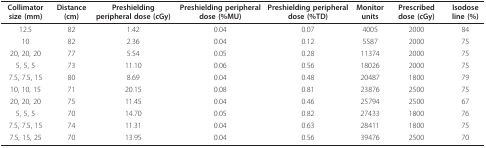
<table><thead><tr><td><b>Collimator size (mm)</b></td><td><b>Distance (cm)</b></td><td><b>Preshielding peripheral dose (cGy)</b></td><td><b>Preshielding peripheral dose (%MU)</b></td><td><b>Preshielding peripheral dose (%TD)</b></td><td><b>Monitor units</b></td><td><b>Prescribed dose (cGy)</b></td><td><b>Isodose line (%)</b></td></tr></thead><tbody><tr><td>12.5</td><td>82</td><td>1.42</td><td>0.04</td><td>0.07</td><td>4005</td><td>2000</td><td>84</td></tr><tr><td>10</td><td>82</td><td>2.36</td><td>0.04</td><td>0.12</td><td>5587</td><td>2000</td><td>75</td></tr><tr><td>20, 20, 20</td><td>77</td><td>5.54</td><td>0.05</td><td>0.28</td><td>11374</td><td>2000</td><td>75</td></tr><tr><td>5, 5, 5</td><td>73</td><td>11.10</td><td>0.06</td><td>0.56</td><td>18026</td><td>2000</td><td>75</td></tr><tr><td>7.5, 7.5, 15</td><td>80</td><td>8.69</td><td>0.04</td><td>0.48</td><td>20487</td><td>1800</td><td>79</td></tr><tr><td>10, 10, 15</td><td>71</td><td>20.15</td><td>0.08</td><td>0.81</td><td>23876</td><td>2500</td><td>75</td></tr><tr><td>20, 20, 20</td><td>75</td><td>11.45</td><td>0.04</td><td>0.46</td><td>25794</td><td>2500</td><td>67</td></tr><tr><td>5, 5, 5</td><td>70</td><td>14.70</td><td>0.05</td><td>0.82</td><td>27433</td><td>1800</td><td>76</td></tr><tr><td>7.5, 7.5, 15</td><td>74</td><td>11.31</td><td>0.04</td><td>0.63</td><td>28411</td><td>1800</td><td>75</td></tr><tr><td>7.5, 15, 25</td><td>70</td><td>13.95</td><td>0.04</td><td>0.56</td><td>39476</td><td>2500</td><td>70</td></tr></tbody></table>